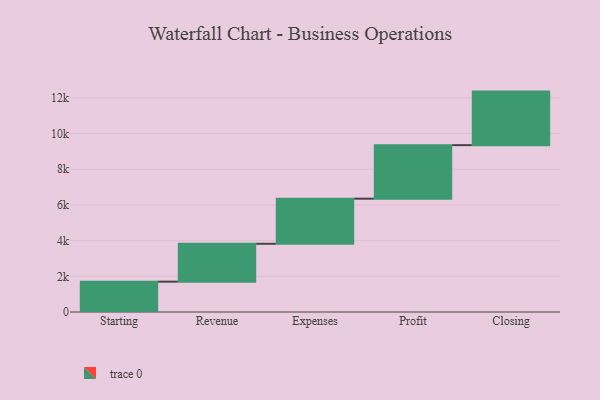
{"axis": {"x": "Step", "y": "Value"}, "legend": [""], "data": [{"x": "Starting", "y": 1700.0, "type": ""}, {"x": "Revenue", "y": 2123.0, "type": ""}, {"x": "Expenses", "y": 2527.0, "type": ""}, {"x": "Profit", "y": 3000, "type": ""}, {"x": "Closing", "y": 3000, "type": ""}]}